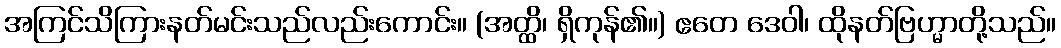
အကြင်သိကြားနတ်မင်းသည်လည်းကောင်း။ (အတ္ထိ၊ ရှိကုန်၏။) ဧတေ ဒေဝါ၊ ထိုနတ်ဗြဟ္မာတို့သည်။